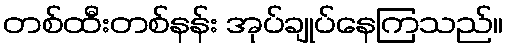
တစ်ထီးတစ်နန်း အုပ်ချုပ်နေကြသည်။